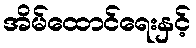
အိမ်ထောင်ရေးနှင့်